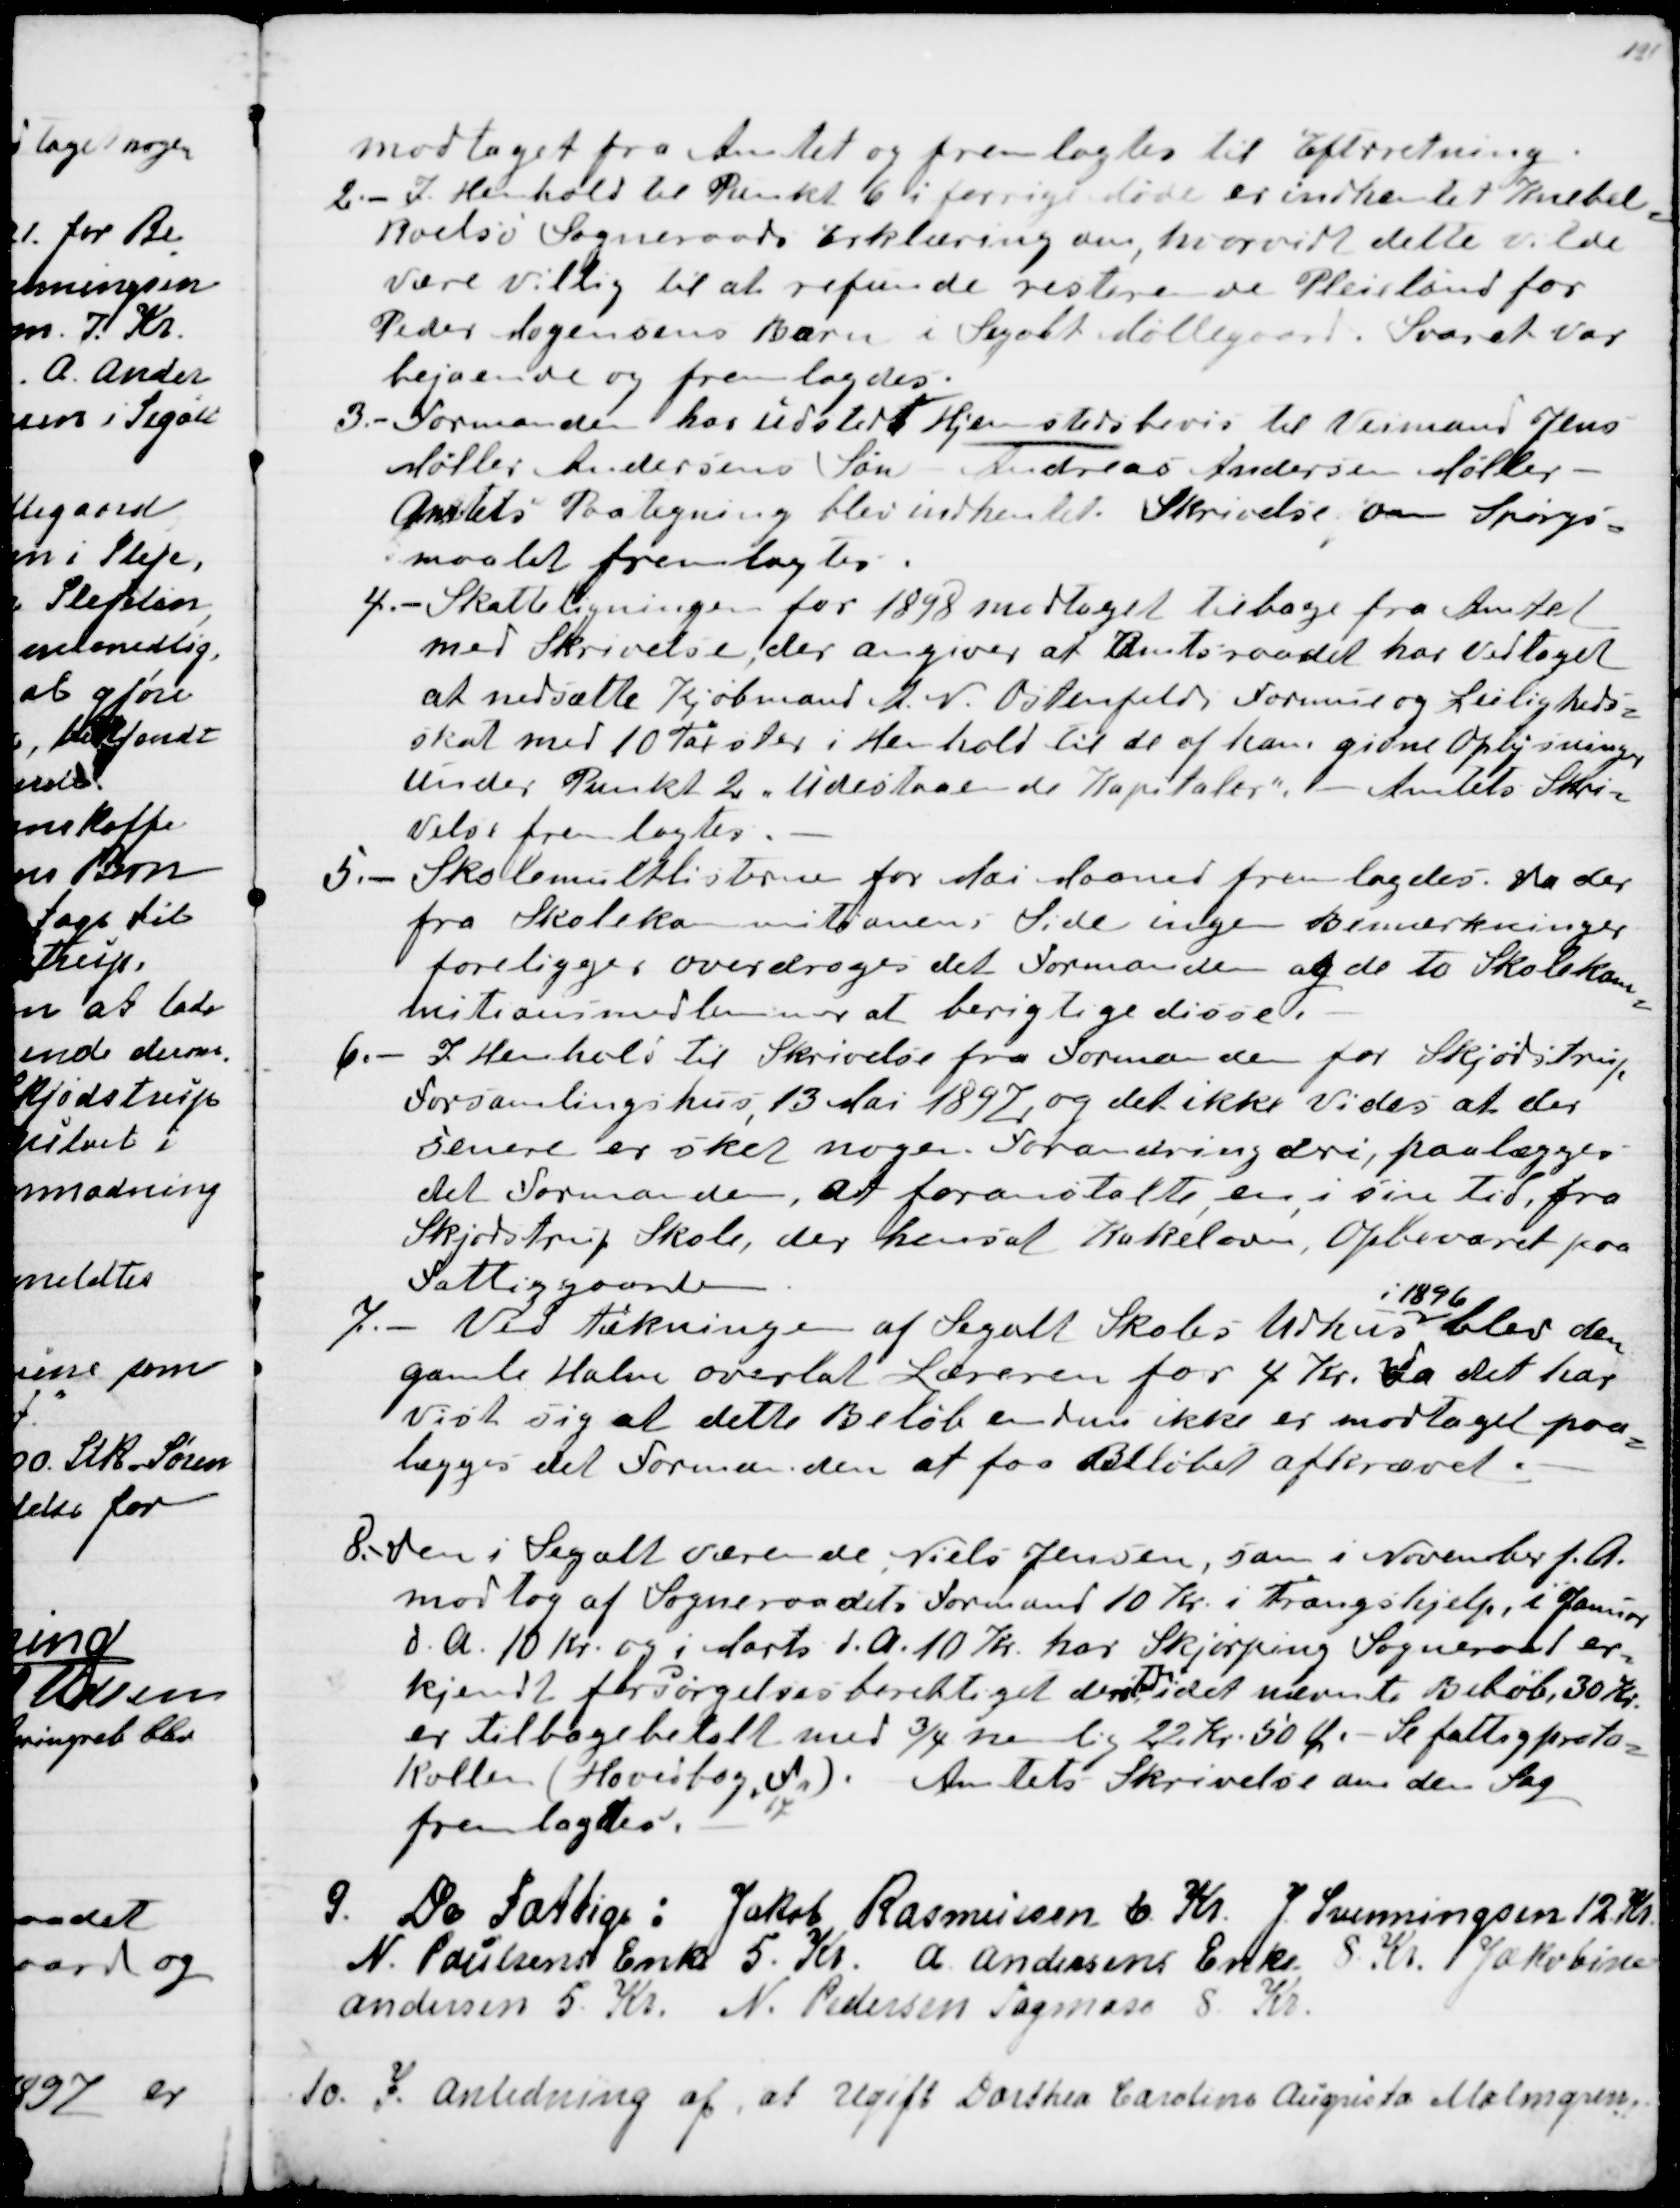
Transskription:
modtaget fra Amtet og fremlagdes til Efterretning.
2.- I Henhold til Punkt 6 i forrige Møde er indhentet Knebel
=
Roelsø Sogneraads Erklæring om, hvorvidt dette vilde
være villig til at refunde resterende Plejelønd for
Peder Mogensens Barn i Segalt Møllegaard. Svaret var
bejaende og fremlagdes.
3.- Formanden har udstedt Hjemstedsbevis til Veimand Jens
Møller Andersens Søn Andreas Andersen Møller
Amtets Paategning blev indhentet. Skrivelse om Spørgs-
maalet fremlagdes.
4.- Skatteligningen for 1898 modtaget tilbage fra Amtet
med Skrivelse, der angiver at Amtsraadet har vedtaget
at nedsætte Kjøbmand A. N. Ostenfelds Formue og Leiligheds=
skat med 10 Taxter i Henhold til de af ham givne Oplysninger
under Punkt 2 "Udestaaende Kapitaler". - Amtets Skriv=
else fremlagdes.
5.- Skolemulktlisterne for Mai Maaned fremlagdes. Da der
fra Skolekommitionens Side ingen Bemærkninger
foreligger, overdrages det Formanden og de to Skolekom
=
mitionsmedlemmer at berigtige disse.
6.- I Henhold til Skrivelse fra Formanden for Skjødstrup
Forsamlingshus, 13.Mai 1897, og det ikke vides at der
senere er sket nogen Forandring deri, paalægges
det Formanden, at foranstalte, en, i sin Tid, fra
Skjødstrup Skole, der hensat Kakelovn, Opbevaret paa
Fattiggaarden.
7.-  Ved tækningen af Segalt Skoles Udhus
i 1896
blev den
gamle Halm overlat Læreren for 4 Kr. Da det har
vist sig at dette Beløb endnu ikke er modtaget paa
=
lægges det Formanden at faa Beløbet afkrævet.
8.- Den i Segalt værende Niels Jensen, som i November f.A.
modtog af Sogneraadets Formand 10 Kr. i Trangshjelp, i Januar 
d. A. 10 Kr. og i Marts d. A. 10 Kr. har Skjørping Sogneraad er=
kjendt forsørgelsesberettiget der, 

idet nævnte Beløb, 30 Kr.
er tilbagebetalt med ¾ nemlig 22 Kr. 50 Ø. - Se fattigproto=
kollen (Hovedbog, J n )
17
Amtets Skrivelse om den Sag
fremlagdes.
9. De Fattige: Jakob Rasmussen 6. Kr. J Svenningsen 12. Kr
N. Poulsens Enke 5. Kr.  A.  Andersens Enke 8. Kr. Jakobine
Andersen 5. Kr. N. Pedersen Tagmose 8. Kr.
10. I Anledning af, at Ugift Dorthea Caroline Augusta Malmgren,